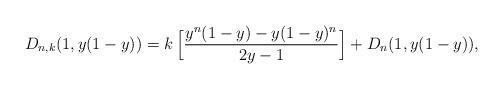
LaTeX: \begin{align*}D_{n,k}(1,y(1-y))&=k\,\Big[ \displaystyle\frac{y^n(1-y)-y(1-y)^n}{2y-1}\Big]+D_n(1,y(1-y)),\end{align*}